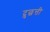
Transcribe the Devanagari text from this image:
दुछत्ती